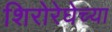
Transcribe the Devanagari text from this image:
शिरोरेघेच्या